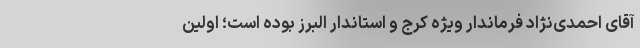
آقای احمدی‌نژاد فرماندار ویژه کرج و استاندار البرز بوده است؛ اولین